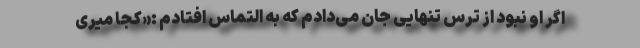
اگر او نبود از ترس تنهایی جان می‌دادم که به التماس افتادم :«کجا میری